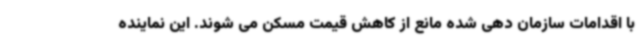
با اقدامات سازمان دهی شده مانع از کاهش قیمت مسکن می شوند. این نماینده